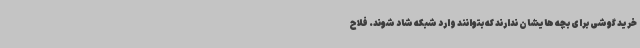
خرید گوشی برای بچه هایشان ندارند که بتوانند وارد شبکه شاد شوند. فلاح